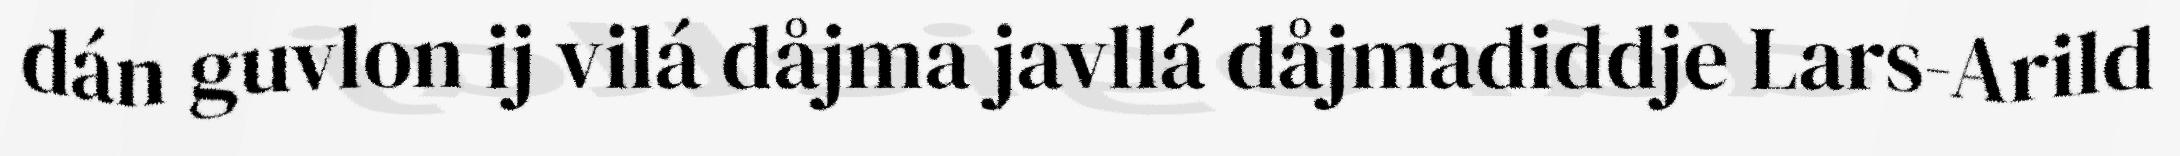
dán guvlon ij vilá dåjma javllá dåjmadiddje Lars-Arild